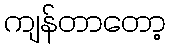
ကျန်တာတော့